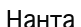
Нанта